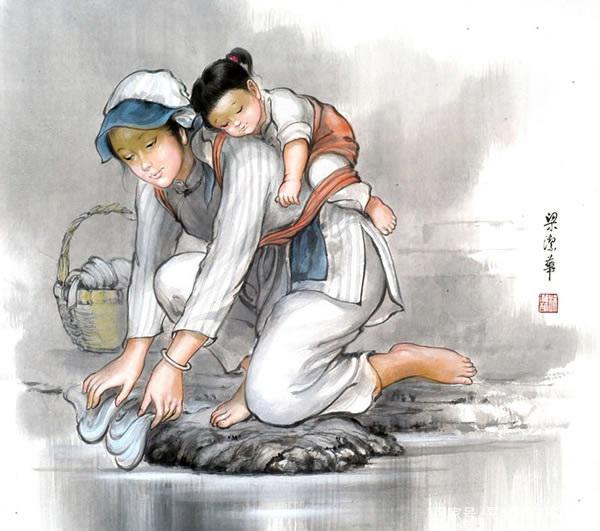
来时父母知隔生，重著衣裳如送死。